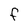
Character: F